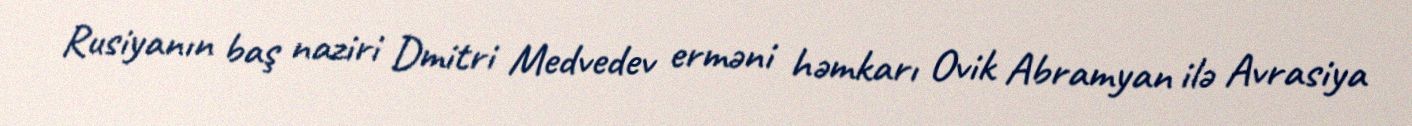
Rusiyanın baş naziri Dmitri Medvedev erməni həmkarı Ovik Abramyan ilə Avrasiya